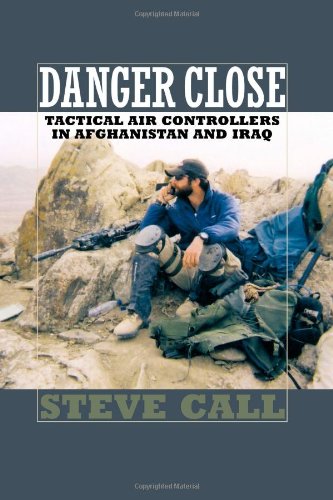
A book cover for Danger Close: Tactical Air Controllers in Afghanistan and Iraq (Williams-Ford Texas A&M University Military History Series); Steve Call; History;